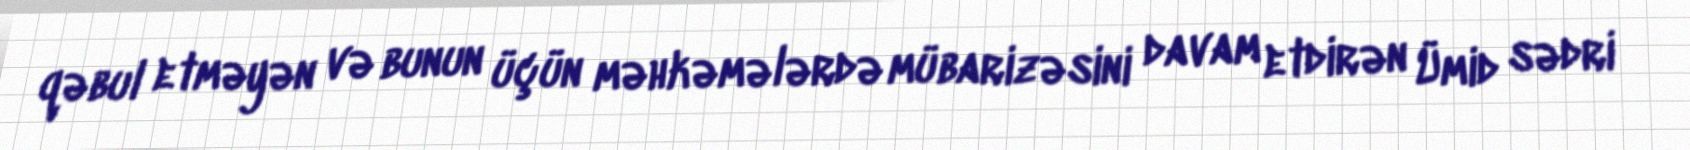
qəbul etməyən və bunun üçün məhkəmələrdə mübarizəsini davam etdirən Ümid sədri